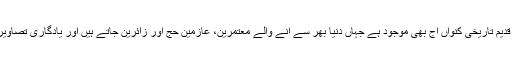
اس مقام پر ایک قدیم تاریخی کنواں آج بھی موجود ہے جہاں دنیا بھر سے آنے والے معتمرین، عازمین حج اور زائرین جاتے ہیں اور یادگاری تصاویر بھی بناتے ہیں۔